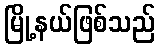
မြို့နယ်ဖြစ်သည်